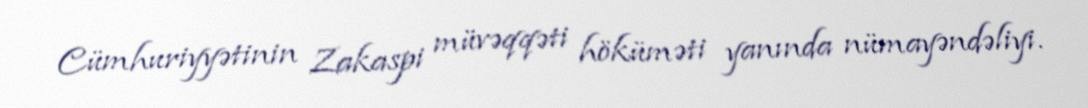
Cümhuriyyətinin Zakaspi müvəqqəti höküməti yanında nümayəndəliyi.